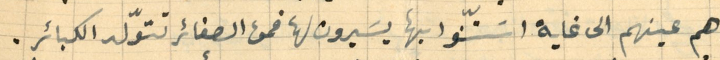
هم عينهم الى غاية اسَتنّوا بها يسيرون لها فمن الصغائر تتوّلد الكبائر.